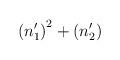
LaTeX: \begin{align*}\left( n_1^{\prime }\right) ^2+\left( n_2^{\prime }\right)\end{align*}